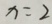
x = 2